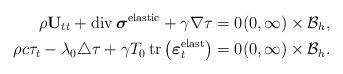
LaTeX: \begin{align*}\rho \mathbf{U}_{tt} + \operatorname{div} \boldsymbol{\sigma}^{\mathrm{elastic}} + \gamma \nabla \tau&= 0 (0, \infty) \times \mathcal{B}_{h}, \\\rho c \tau_{t} - \lambda_{0} \triangle \tau + \gamma T_{0} \operatorname{tr}\big(\boldsymbol{\varepsilon}^{\mathrm{elast}}_{t}\big)&= 0 (0, \infty) \times \mathcal{B}_{h}.\end{align*}